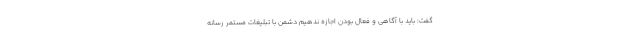
گفت: باید با آگاهی و فعال بودن اجازه ندهیم دشمن با تبلیغات مستمر رسانه